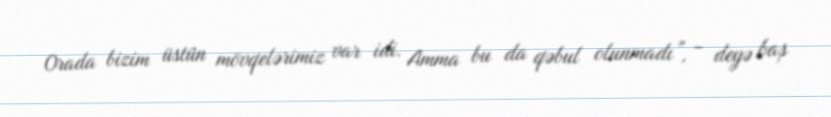
Orada bizim üstün mövqelərimiz var idi. Amma bu da qəbul olunmadı”, - deyə baş